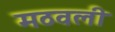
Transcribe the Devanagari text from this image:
मठवली